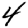
Digit: 4